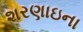
શરણાઇના